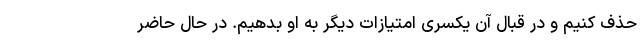
حذف کنیم و در قبال آن یکسری امتیازات دیگر به او بدهیم. در حال حاضر